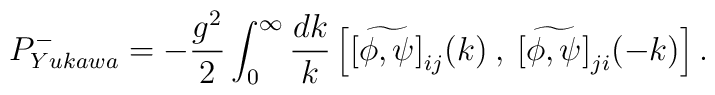
P^{-}_{Yukawa}= -\frac{g^{2}}{2} \int_{0}^{\infty} \frac{dk}{k}\left[\widetilde{[\phi,\psi]}_{ij}(k) \:,\:\widetilde{[\phi,\psi]}_{ji}(-k)\right].